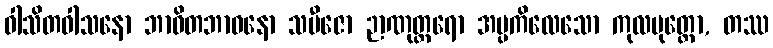
ဝါသိတဝါသနော ဘာဝိတဘာဝနော သဗီဇော ဉာဏုတ္တရော အပ္ပကိလေသော ကုလပုတ္တော, တဿ